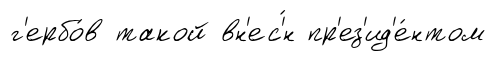
г'ербо́в такой вн'ес'́н пр'ез'ид'е́нтом